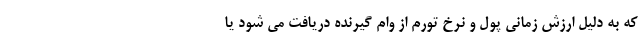
که به دلیل ارزش زمانی پول و نرخ تورم از وام گیرنده دریافت می شود یا